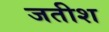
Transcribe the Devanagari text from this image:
जतीश